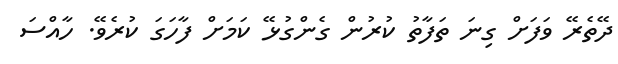
ދޭތެރޭ ވަފަށް ގިނަ ތަފާތު ކުރުން ގެންގުޅޭ ކަމަށް ފާހަގަ ކުރެވޭ. ހާއްސަ